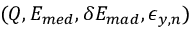
( Q , E _ { m e d } , \delta { } E _ { m a d } , \epsilon _ { y , n } )